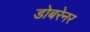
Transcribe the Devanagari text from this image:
डोबरेनर